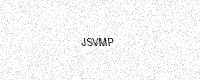
Text: JSVMP